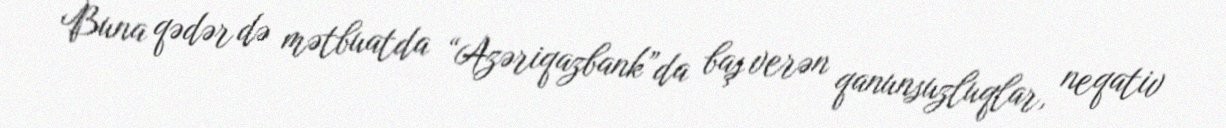
Buna qədər də mətbuatda “Azəriqazbank”da baş verən qanunsuzluqlar, neqativ